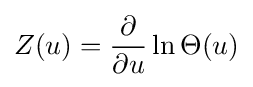
Z(u)={\frac {\partial }{\partial u}}\ln \Theta (u)